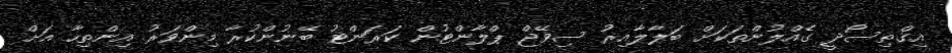
އިގްތިސޯދީ ގެއްލުންތަކަށް ބަލާލާއިރު ސިވޭޖް ޕްލާންޓުން ކަރަންޓު ބޭނުންކުރާ މިންވަރު އިންތިހާ އަށް